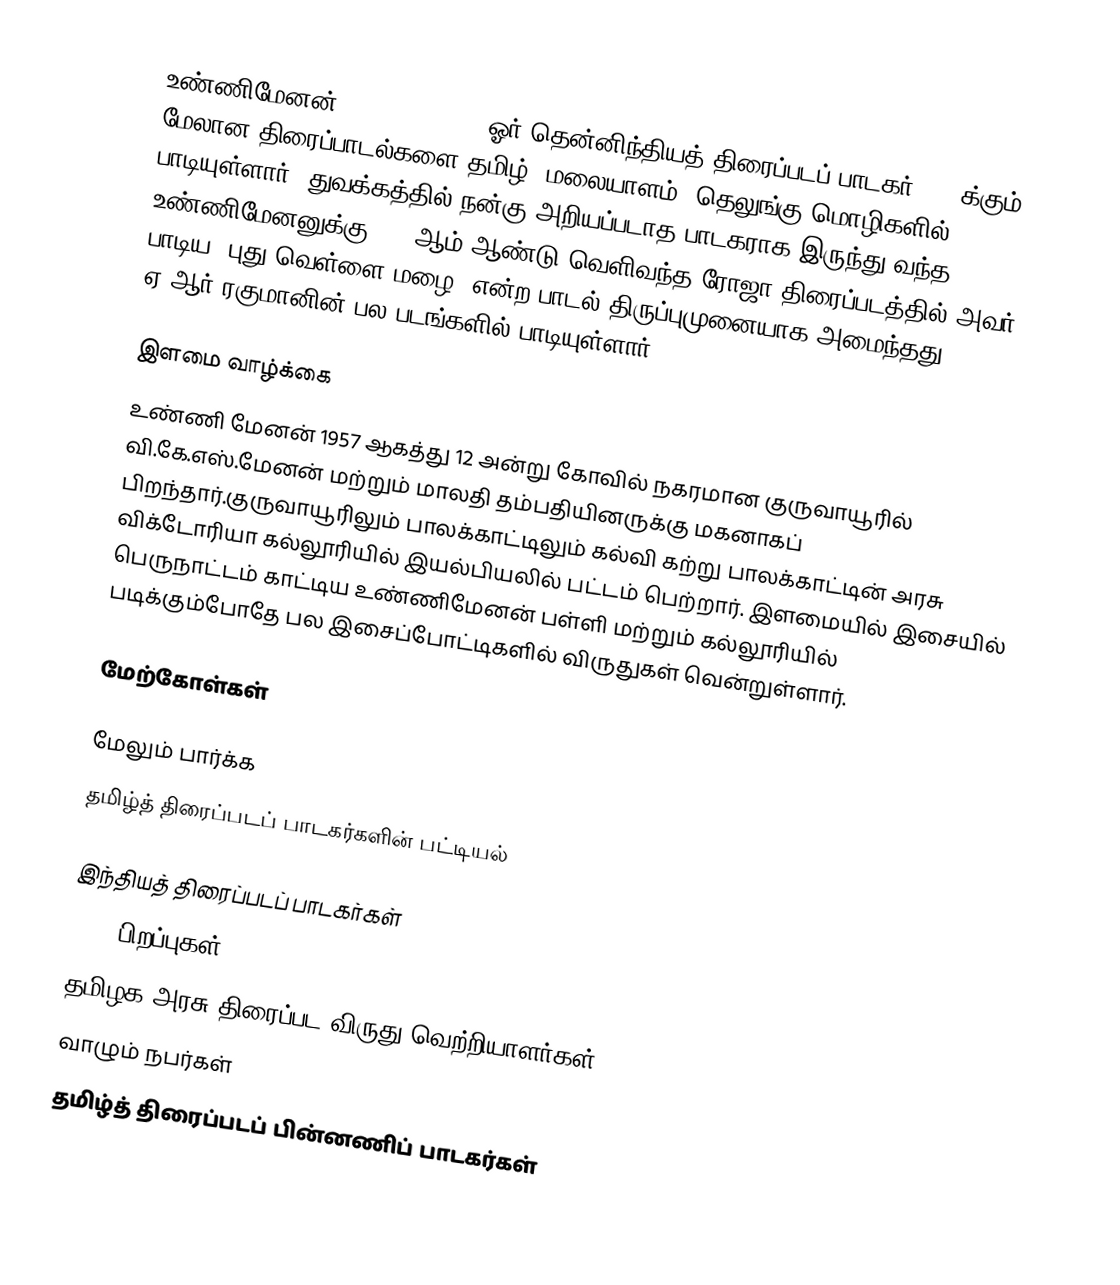
உண்ணிமேனன்  (Unni Menon; ) ஓர் தென்னிந்தியத் திரைப்படப் பாடகர். 500க்கும் மேலான திரைப்பாடல்களை தமிழ், மலையாளம், தெலுங்கு மொழிகளில் பாடியுள்ளார். துவக்கத்தில் நன்கு அறியப்படாத பாடகராக இருந்து வந்த உண்ணிமேனனுக்கு 1992ஆம் ஆண்டு வெளிவந்த ரோஜா திரைப்படத்தில் அவர் பாடிய "புது வெள்ளை மழை" என்ற பாடல் திருப்புமுனையாக அமைந்தது. ஏ.ஆர்.ரகுமானின் பல படங்களில் பாடியுள்ளார்.

இளமை வாழ்க்கை
உண்ணி மேனன் 1957 ஆகத்து 12 அன்று கோவில் நகரமான குருவாயூரில் வி.கே.எஸ்.மேனன் மற்றும் மாலதி தம்பதியினருக்கு மகனாகப் பிறந்தார்.குருவாயூரிலும் பாலக்காட்டிலும் கல்வி கற்று பாலக்காட்டின் அரசு விக்டோரியா கல்லூரியில் இயல்பியலில் பட்டம் பெற்றார். இளமையில் இசையில் பெருநாட்டம் காட்டிய உண்ணிமேனன் பள்ளி மற்றும் கல்லூரியில் படிக்கும்போதே பல இசைப்போட்டிகளில் விருதுகள் வென்றுள்ளார்.

மேற்கோள்கள்

மேலும் பார்க்க
தமிழ்த் திரைப்படப் பாடகர்களின் பட்டியல்

இந்தியத் திரைப்படப் பாடகர்கள்
1957 பிறப்புகள்
தமிழக அரசு திரைப்பட விருது வெற்றியாளர்கள்
வாழும் நபர்கள்
தமிழ்த் திரைப்படப் பின்னணிப் பாடகர்கள்